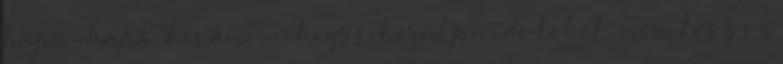
hajrá-hajrá, kívánom, hogy sikerüljön, de lehet, nem lesz ez